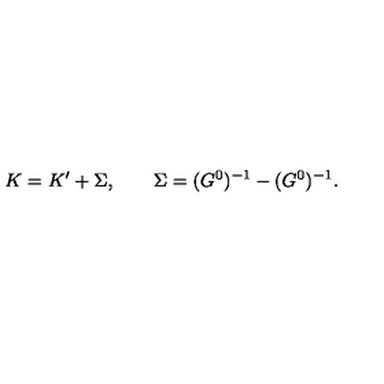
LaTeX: K = K ^ { \prime } + \Sigma , \qquad \Sigma = ( G ^ { 0 } ) ^ { - 1 } - ( G ^ { 0 } ) ^ { - 1 } .